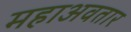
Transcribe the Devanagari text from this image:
महाअवतार